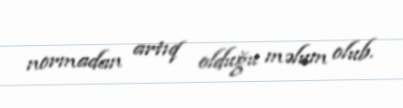
normadan artıq olduğu məlum olub.